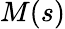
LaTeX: M(s)